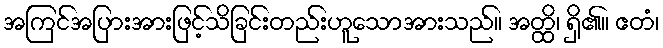
အကြင်အပြားအားဖြင့်သိခြင်းတည်းဟူသောအားသည်။ အတ္ထိ၊ ရှိ၏။ ဧတံ၊